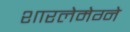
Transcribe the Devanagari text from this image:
शारलेमेग्ने